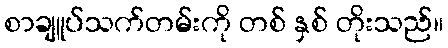
စာချူပ်သက်တမ်းကို တစ် နှစ် တိုးသည်။